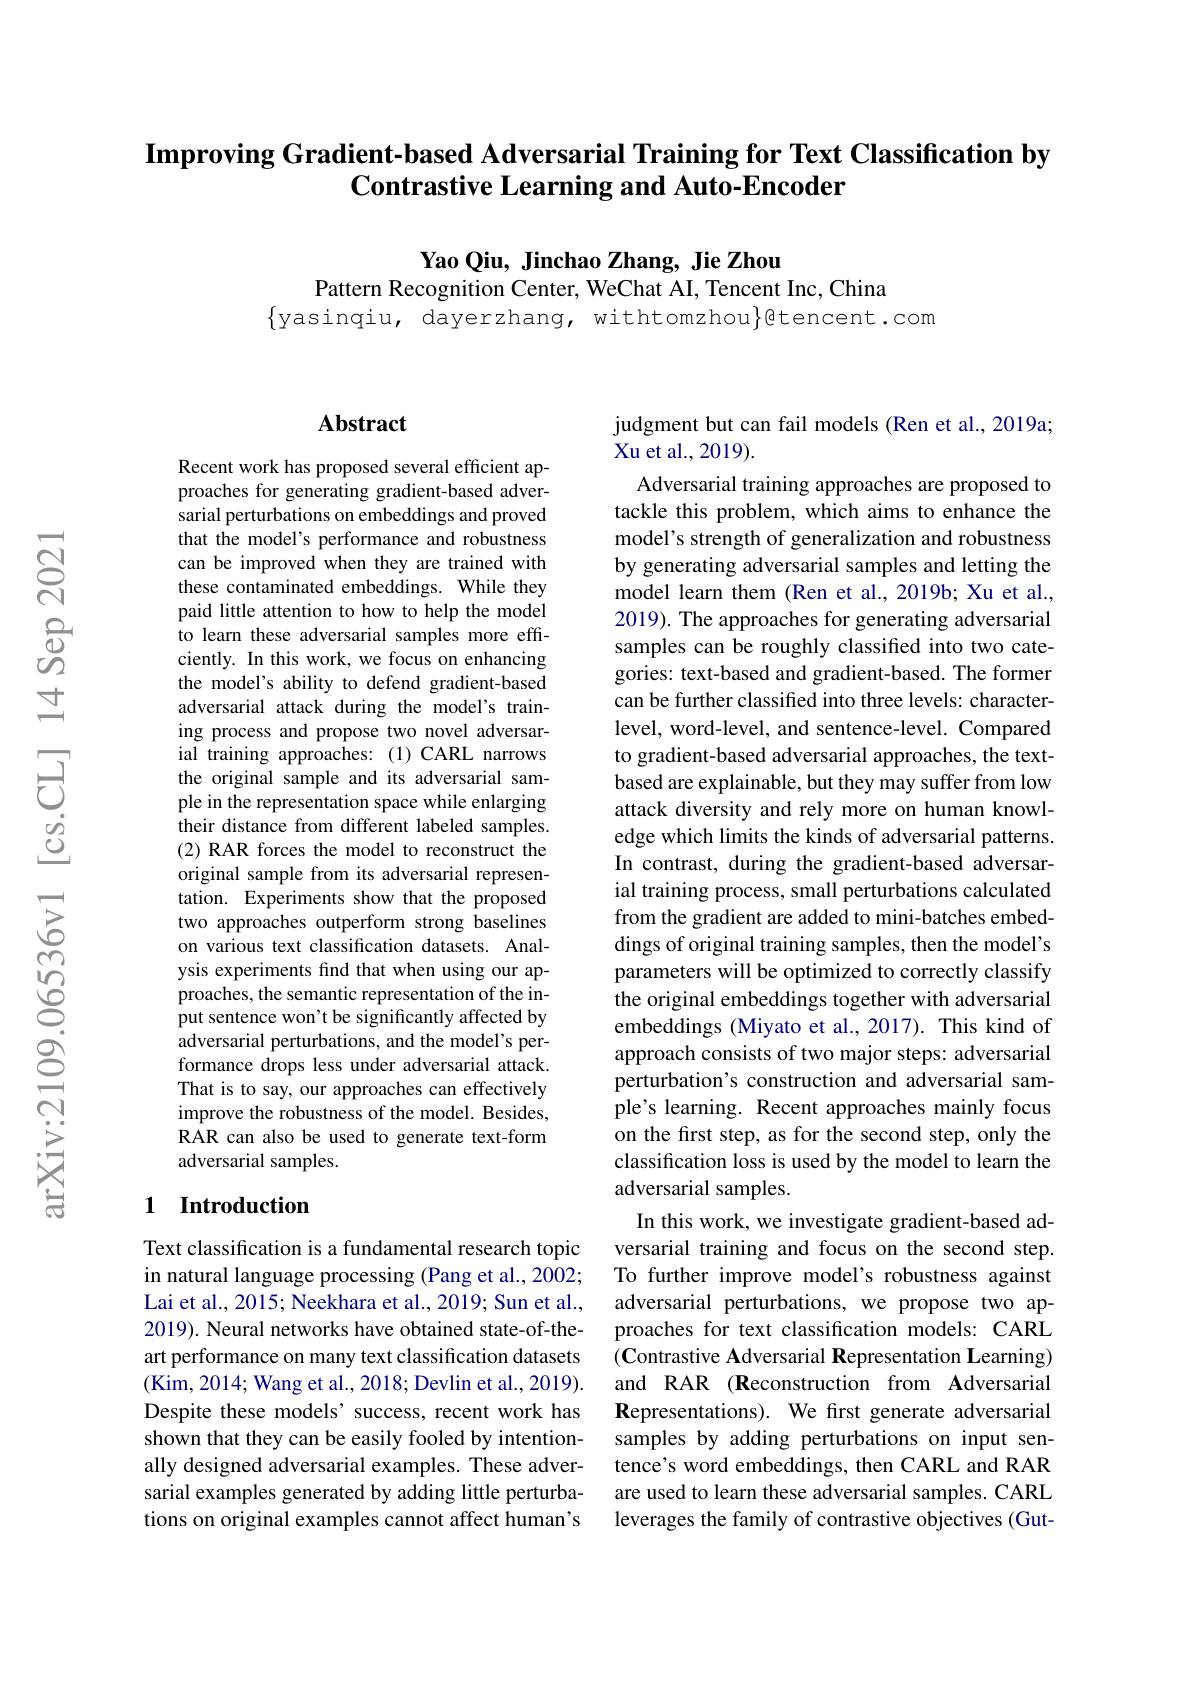
# Improving Gradient-based Adversarial Training for Text Classification by $\textbf{Contrastive Learning and Auto- Encoder}$

Yao Qiu, Jinchao Zhang, Jie Zhou
Pattern Recognition Center, WeChat AI, Tencent Inc, China
$\{$yasinqiu, dayerzhang, withtomzhou$\}$@tencent.com

### $\mathbf{Abstract}$

Recent work has proposed several efficient approaches for generating gradient-based adversarial perturbations on embeddings and proved that the model's performance and robustness can be improved when they are trained with these contaminated embeddings. While they paid little attention to how to help the model to learn these adversarial samples more efficiently. In this work, we focus on enhancing the model's ability to defend gradient-based adversarial attack during the model's training process and propose two novel adversarial training approaches:(1)CARL narrows the original sample and its adversarial sample in the representation space while enlarging their distance from different labeled samples. (2) RAR forces the model to reconstruct the original sample from its adversarial representation. Experiments show that the proposed two approaches outperform strong baselines on various text classification datasets. Analysis experiments find that when using our approaches, the semantic representation of the input sentence won't be significantly affected by adversarial perturbations, and the model's performance drops less under adversarial attack. That is to say, our approaches can effectively improve the robustness of the model. Besides, RAR can also be used to generate text-form adversarial samples.

### 1 Introduction

Text classification is a fundamental research topic in natural language processing (Pang et al., 2002; Lai et al., 2015; Neekhara et al., 2019; Sun et al., 2019). Neural networks have obtained state-of-theart performance on many text classification datasets (Kim, 2014; Wang et al., 2018; Devlin et al., 2019). Despite these models' success, recent work has shown that they can be easily fooled by intentionally designed adversarial examples. These adversarial examples generated by adding little perturbations on original examples cannot affect human's

judgment but can fail models (Ren et al., 2019a;
Xu et al., 2019).
Adversarial training approaches are proposed to tackle this problem, which aims to enhance the model's strength of generalization and robustness by generating adversarial samples and letting the model learn them (Ren et al., 2019b; Xu et al., 2019). The approaches for generating adversarial samples can be roughly classified into two categories: text-based and gradient-based. The former can be further classified into three levels: characterlevel, word-level, and sentence-level. Compared to gradient-based adversarial approaches, the textbased are explainable, but they may suffer from low attack diversity and rely more on human knowledge which limits the kinds of adversarial patterns. In contrast, during the gradient-based adversarial training process, small perturbations calculated from the gradient are added to mini-batches embeddings of original training samples, then the model's parameters will be optimized to correctly classify the original embeddings together with adversarial embeddings (Miyato et al., 2017). This kind of approach consists of two major steps: adversarial perturbation's construction and adversarial sample's learning. Recent approaches mainly focus on the first step, as for the second step, only the classification loss is used by the model to learn the adversarial samples.
In this work, we investigate gradient-based adversarial training and focus on the second step. To further improve model's robustness against adversarial perturbations, we propose two approaches for text classification models: CARL (Contrastive Adversarial Representation Learning) and RAR (Reconstruction from Adversarial Representations). We first generate adversarial samples by adding perturbations on input sentence's word embeddings, then CARL and RAR are used to learn these adversarial samples. CARL leverages the family of contrastive objectives (Gut-